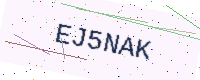
Text: EJ5NAK